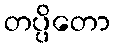
တပ္ပိတော